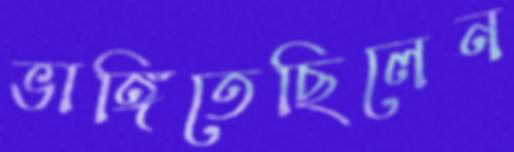
ভাঙ্গিতেছিলেন